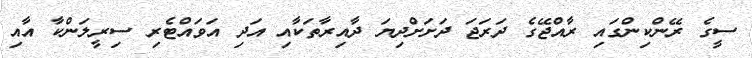
ސީގެ ރޭންކިންގައި ރާއްޖޭގެ ދަރަޖަ ދަށަށްދިޔަ ދާއިރާތަކާއި އަދި އަވައްޓެރި ސިރީލަންކާ އާއި